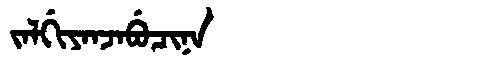
Manchu: ᠵᠠᠯᡤᡳᠶᠠᠨᠵᠠᠪᡠᠴᡳᠨᠠ
Romanization: JALGIYANJABUCINA